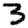
Digit: 3